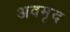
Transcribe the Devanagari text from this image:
अवमृद